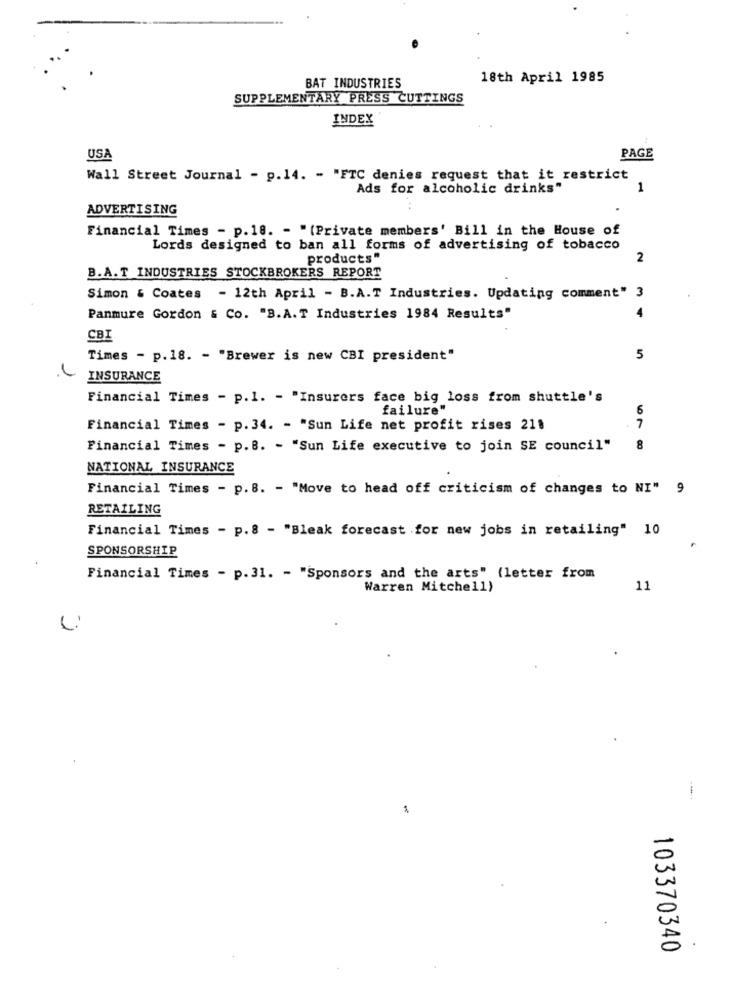
18th April 1985
BAT INDUSTRIES
SUPPLEMENTARY PRESS CUTTINGS
INDEX
USA
PAGE
Wall Street Journal - p.14. - "FTC denies request that it restrict
Ads for alcoholic drinks"
1
ADVERTISING
Financial Times - p.18. - "(Private members' Bill in the House of
Lords designed to ban all forms of advertising of tobacco
products"
2
B.A.T INDUSTRIES STOCKBROKERS REPORT
Simon & Coates - 12th April - B.A.T Industries. Updating comment" 3
Panmure Gordon & Co. "B.A.T Industries 1984 Results"
CBI
Times - p. 18. - "Brewer is new CBI president"
5
INSURANCE
Financial Times - p.1. - "Insurers face big loss from shuttle's
failure"
7
Financial Times - p.34. - "Sun Life net profit rises 211
Financial Times - p.B. - "Sun Life executive to join SE council"
8
NATIONAL INSURANCE
Financial Times - p.8. - "Move to head off criticism of changes to NI" 9
RETAILING
Financial Times - p.8 - "Bleak forecast for new jobs in retailing" 10
SPONSORSHIP
Financial Times - p. 31. - "Sponsors and the arts" (letter from
Warren Mitchell)
11
103370340